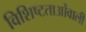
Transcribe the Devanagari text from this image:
विशिष्टताओंवाली